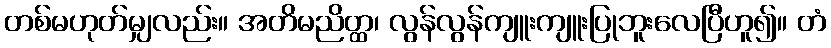
တစ်မဟုတ်မျှလည်း။ အတိမညိတ္ထ၊ လွန်လွန်ကျူးကျူးပြုဘူးလေပြီဟူ၍။ တံ